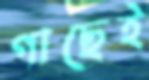
গাছেই